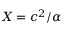
X = c ^ { 2 } / \alpha